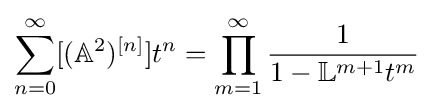
\sum _{n=0}^{\infty }[({\mathbb {A} }^{2})^{[n]}]t^{n}=\prod _{m=1}^{\infty }{\frac {1}{1-{\mathbb {L} }^{m+1}t^{m}}}